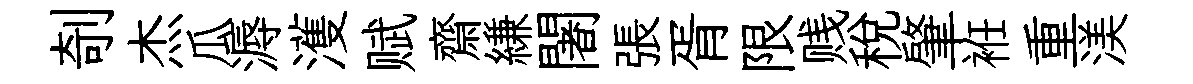
剞杰瓜溽濩赋齋縑闍張胥限贱税肇袵重渼